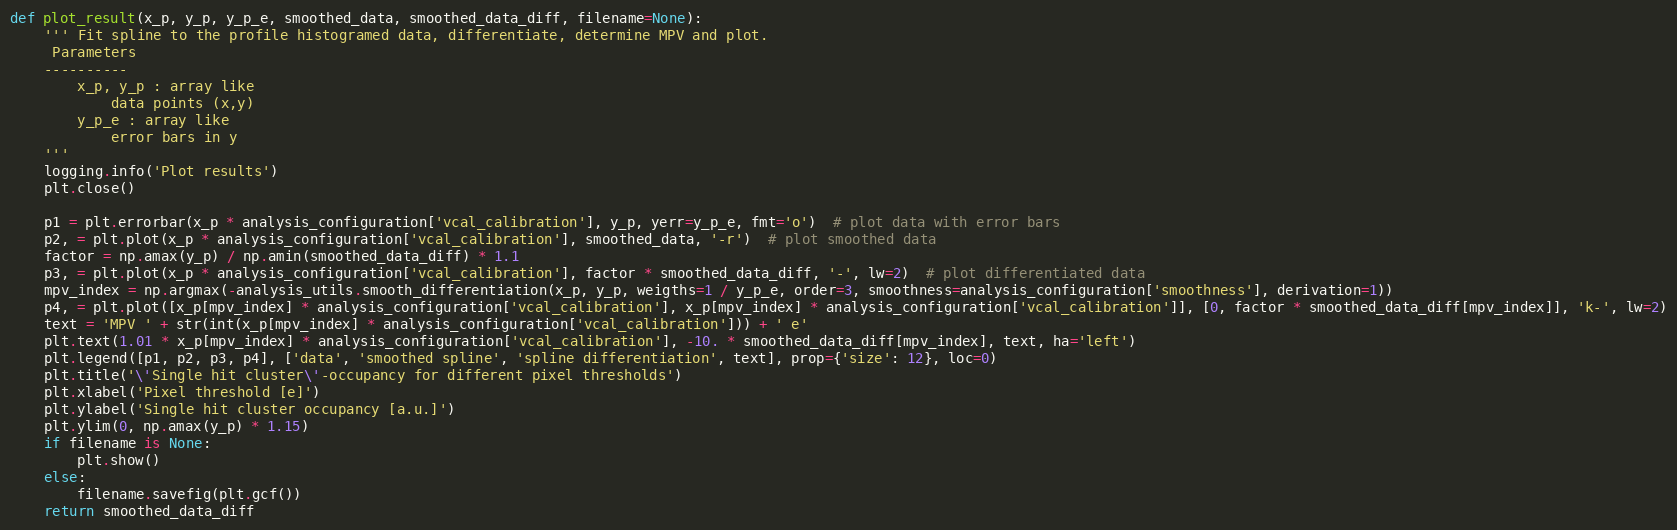
Language: Python
def plot_result(x_p, y_p, y_p_e, smoothed_data, smoothed_data_diff, filename=None):
    ''' Fit spline to the profile histogramed data, differentiate, determine MPV and plot.
     Parameters
    ----------
        x_p, y_p : array like
            data points (x,y)
        y_p_e : array like
            error bars in y
    '''
    logging.info('Plot results')
    plt.close()

    p1 = plt.errorbar(x_p * analysis_configuration['vcal_calibration'], y_p, yerr=y_p_e, fmt='o')  # plot data with error bars
    p2, = plt.plot(x_p * analysis_configuration['vcal_calibration'], smoothed_data, '-r')  # plot smoothed data
    factor = np.amax(y_p) / np.amin(smoothed_data_diff) * 1.1
    p3, = plt.plot(x_p * analysis_configuration['vcal_calibration'], factor * smoothed_data_diff, '-', lw=2)  # plot differentiated data
    mpv_index = np.argmax(-analysis_utils.smooth_differentiation(x_p, y_p, weigths=1 / y_p_e, order=3, smoothness=analysis_configuration['smoothness'], derivation=1))
    p4, = plt.plot([x_p[mpv_index] * analysis_configuration['vcal_calibration'], x_p[mpv_index] * analysis_configuration['vcal_calibration']], [0, factor * smoothed_data_diff[mpv_index]], 'k-', lw=2)
    text = 'MPV ' + str(int(x_p[mpv_index] * analysis_configuration['vcal_calibration'])) + ' e'
    plt.text(1.01 * x_p[mpv_index] * analysis_configuration['vcal_calibration'], -10. * smoothed_data_diff[mpv_index], text, ha='left')
    plt.legend([p1, p2, p3, p4], ['data', 'smoothed spline', 'spline differentiation', text], prop={'size': 12}, loc=0)
    plt.title('\'Single hit cluster\'-occupancy for different pixel thresholds')
    plt.xlabel('Pixel threshold [e]')
    plt.ylabel('Single hit cluster occupancy [a.u.]')
    plt.ylim(0, np.amax(y_p) * 1.15)
    if filename is None:
        plt.show()
    else:
        filename.savefig(plt.gcf())
    return smoothed_data_diff